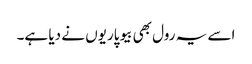
اسے یہ رول بھی بیوپاریوں نے دیا ہے۔